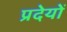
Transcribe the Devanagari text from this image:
प्रदेयों